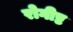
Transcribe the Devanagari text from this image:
रोगीष्ट